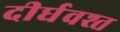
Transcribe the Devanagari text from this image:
दीर्घवश्त